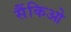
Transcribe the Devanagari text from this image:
सैंकिओ